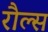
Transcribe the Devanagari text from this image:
रौल्स